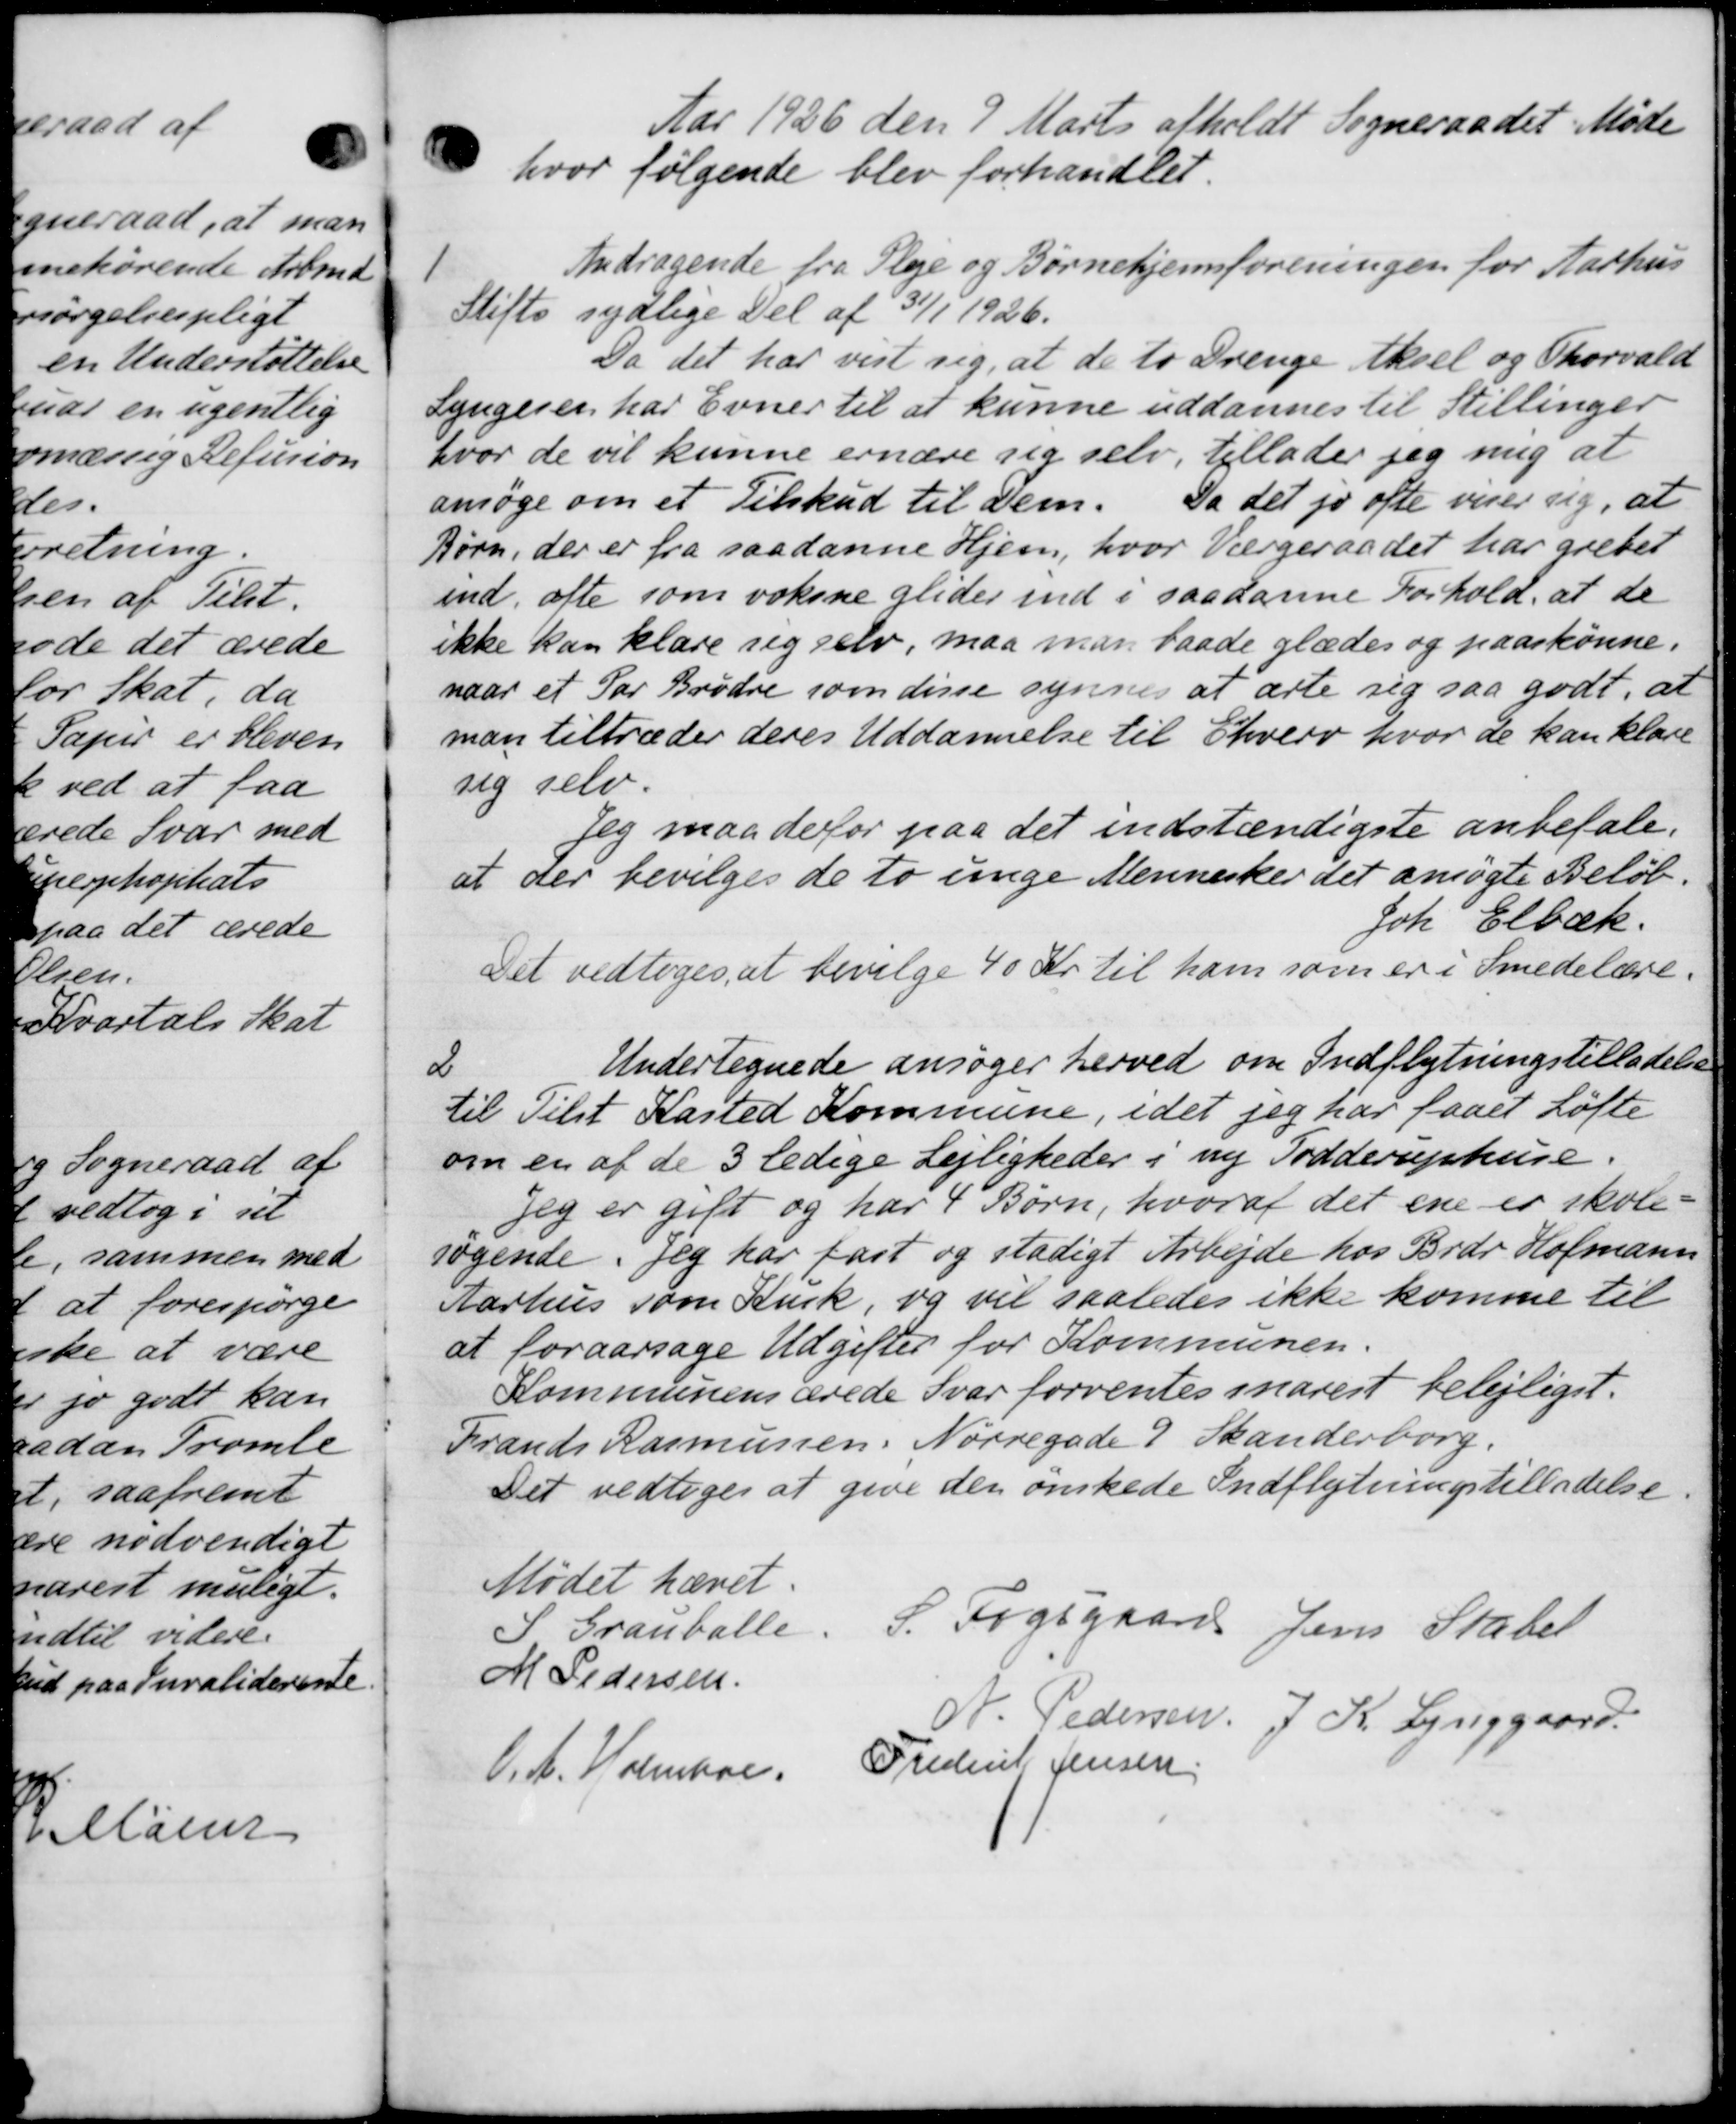
Transskription:
Aar 1926 den 9 Marts afholdt Sogneraadet Møde
hvor følgende blev forhandlet.
1.
Andragende fra Pleje og Børnehjemsforeningen for Aarhus
Stifts sydlige Del af 31/1 1926.
Da det har vist sig, at de to Drenge Aksel og Thorvald
Lyngesen har Evner til at kunne uddannes til Stillinger
hvor de vil kunne ernære sig selv, tillader jeg mig at
ansøge om et Tilskud til dem. Da det jo ofte viser sig, at
Børn, der er fra saadanne Hjem, hvor Værgeraadet har grevet
ind, ofte som voksne glider ind i saadanne Forhold, at de
ikke kan klare sig selv, maa man baade glædes og paaskønne.
naar et Par Brødre som disse synnes at arte sig saa godt, at
man tiltræder deres Uddannelse til Ehverv hvor de kan klare
sig selv.
Jeg maa derfor paa det indstændigste anbefale.
at der bevilges de to unge Mennesker det ansøgte Beløb.
Jok. Elbæk.
Det vedtoges at bevilge 40 Kr til ham som er i Smedelære.
Undertegnede ansøger herved om Indflytningstilladelse
2
til Tilst Kasted Kommune, idet jeg har faaet Løfte
om en af de 3 ledige Lejligheder i ny Tødderuphuse.
Jeg er gift og har 4 Børn, hvoraf det ene er skole-
søgende. Jeg har fast og stadigt Arbejde hos Brdr Hofmann
Aarhus som Birk, og vil saaledes ikke komme til
at foraarsage Udgifter for Kommunen.
Kommunens ærede Svar forventes snarest belejliget.
Frands Rasmussen, Nørregade 9 Skanderborg.
Det vedtoges at give den ønskede Indflytningstilladelse
Mødet hævet.
S Grauballe, S. Fogsgaard Jens Stabel
M Pedersen
N. Pedersen, J. K. Lynggaard
O.A. Holmboe, Frederik Jensen